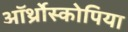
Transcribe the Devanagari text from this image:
ऑर्थ्रोस्कोपिया